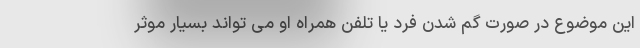
این موضوع در صورت گم شدن فرد یا تلفن همراه او می تواند بسیار موثر